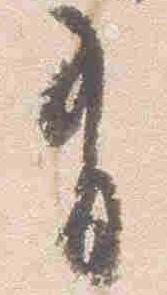
有